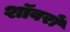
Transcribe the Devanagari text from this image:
शॉवरों